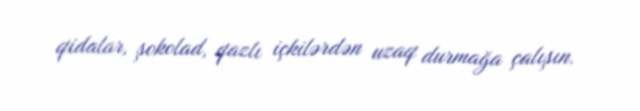
qidalar, şokolad, qazlı içkilərdən uzaq durmağa çalışın.